Lunatic asylums Bombay report 1891-1903 - 1891-1903
Year: 1891
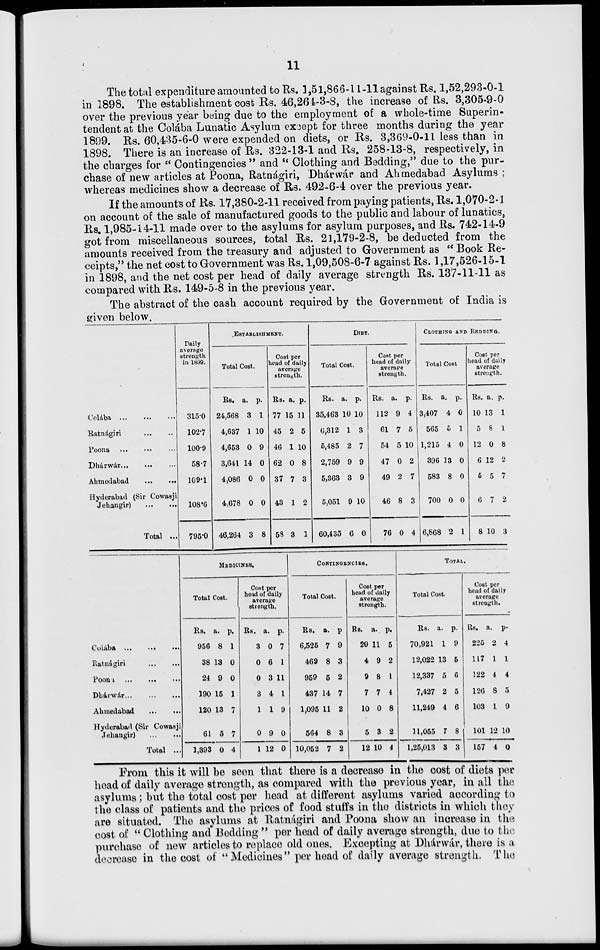
11
The total expenditure amounted to Rs. 1,51,866-11-11 against Rs. 1,52,293-0-1
in 1898. The establishment cost Rs. 46,264-3-8, the increase of Rs. 3,305-9-0
over the previous year being due to the employment of a whole-time Superin-
tendent at the Colába Lunatic Asylum except for three months during the year
1899. Rs. 60,435-6-0 were expended on diets, or Rs. 3,369-0-11 less than in
1898. There is an increase of Rs. 322-13-1 and Rs. 258-13-8, respectively, in
the charges for '' Contingencies " and '' Clothing and Bedding," due to the pur-
chase of new articles at Poona, Ratnágiri, "Dhárwár and Ahmedabad Asylums ;
whereas medicines show a decrease of Rs. 492-6-4 over the previous year.
If the amounts of Rs. 17,380-2-11 received from paying patients, Rs. 1,070-2-1
on account of the sale of manufactured goods to the public and labour of lunatics,
Rs. 1,985-14-11 made over to the asylums for asylum purposes, and Rs. 742-14-9
got from miscellaneous sources, total Rs. 21,179-2-8, be deducted from the
amounts received from the treasury and adjusted to Government as " Book Re-
ceipts," the net cost to Government was Rs. 1,09,508-6-7 against Rs. 1,17,526-15-1
in 1898, and the net cost per head of daily average strength Rs. 137-11-11 as
compared with Rs. 149-5-8 in the previous year.
The abstract of the cash account required by the Government of India is
given below.
Colába
...
...
...
Ratnágiri ... ... ...
Poona ... ... ...
Dhárwár
...
...
...
Ahmedabad ... ... ...
Hyderabad (Sir Cowasji
Jehangir)
...
...
Total ...
Daily
average
strength
in 1899.
315.0
102.7
100.9
58.7
109.1
108.6
795.0
ESTABLISHMENT.
Total Cost.
Rs.
24,568
4,637
4,653
3,641
4,086
4,678
46,264
a.
3
1
0
14
0
0
3
p.
1
10
9
0
0
0
8
Cost per
head of daily
average
strength.
Rs.
77
45
46
62
37
43
58
a.
15
2
1
0
7
1
3
p.
11
5
10
8
3
2
1
DlET.
Total Cost.
Rs.
35,463
6,312
5,485
2,759
5,363
5,051
60,435
a.
10
1
2
9
3
9
6
p.
10
3
7
9
9
10
0
Cost per
head of daily
average
strength.
Rs.
112
61
54
47
49
46
76
a.
9
7
5
0
2
8
0
p.
4
5
10
2
7
3
4
CLOTHING AND BEDDING.
Total Cost
Rs.
3,407
565
1,215
396
583
700
6,868
a.
4
5
4
13
8
0
2
p.
0
1
0
0
0
0
1
Cost per
head of daily
average
strength.
Rs.
10
5
12
6
5
6
8
a.
13
8
0
12
5
7
10
p.
1
1
8
2
7
2
3
Colába
...
...
...
Ratnágiri
...
...
Poona
...
...
...
Dhárwár
...
...
...
Ahmedabad ... ...
Hyderabad (Sir Cowasji
Jehangir)
...
...
Total ...
MEDICINES.
Total Cost.
Rs.
956
38
24
190
120
61
1,393
a.
8
13
9
15
13
5
0
p.
1
0
0
1
7
7
4
Cost per
head of daily
average
strength.
Rs.
3
0
0
3
1
0
1
a.
0
6
3
4
1
9
12
p.
7
1
11
1
9
0
0
CONTINGENCIES.
Total Cost.
Rs.
6,525
469
959
437
1,095
564
10,052
a.
7
8
5
14
11
8
7
p.
9
3
2
7
2
3
2
Cost per
head of daily
average
strength.
Rs.
20
4
9
7
10
5
12
a.
11
9
8
7
0
3
10
p.
5
2
1
4
8
2
4
TOTAL.
Total Cost.
Rs.
70,921
12,022
12,337
7,427
11,249
11,055
1,25,013
a.
1
13
5
2
4
7
3
p.
9
5
6
5
6
8
3
Cost per
head of daily
average
strength.
Rs.
225
117
122
126
103
101
157
a.
2
1
4
8
1
12
4
p.
4
1
4
5
9
10
0
From this it will be seen that there is a decrease in the cost of diets per
head of daily average strength, as compared with the previous year, in all the
asylums ; but the total cost per head at different asylums varied according to
the class of patients and the prices of food stuffs in the districts in which they
are situated. The asylums at Ratnágiri and Poona show an increase in the
cost of " Clothing and Bedding " per head of daily average strength, due to the
purchase of new articles to replace old ones. Excepting at Dhárwár, there is a
decrease in the cost of "Medicines" per head of daily average strength. The